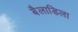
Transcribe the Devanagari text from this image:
बैलाडिला